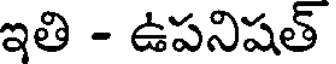
ఇతి - ఉపనిషత్